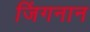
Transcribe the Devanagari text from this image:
जिंगनान